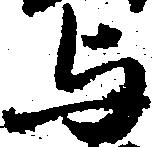
与